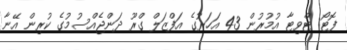
ފޮޓޯ: ޓްވިޓާ އުމުރުން 43 އަހަރުގެ އަފްޒަލް ގްރޫ ދަންޖެއްސުމުގެ ކުރިން އޭނާ